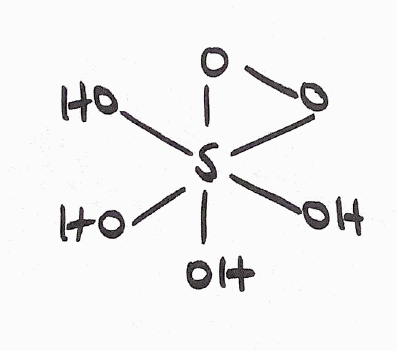
Simplified molecular-input line-entry system (SMILES) notation of the given molecule:
OS1(OO1)(O)(O)O